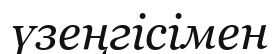
үзеңгісімен